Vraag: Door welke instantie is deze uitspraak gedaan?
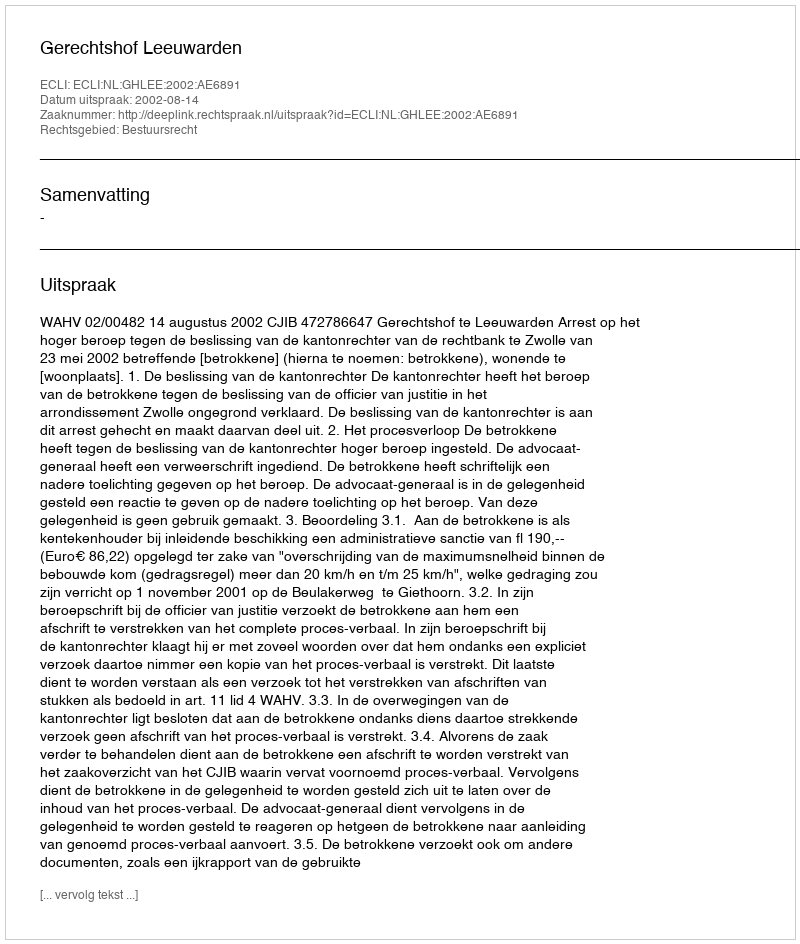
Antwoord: Gerechtshof Leeuwarden